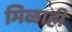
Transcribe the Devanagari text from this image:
मिळाही